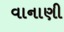
વાનાણી